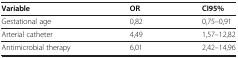
<table><thead><tr><td><b>Variable</b></td><td><b>OR</b></td><td><b>CI95%</b></td></tr></thead><tbody><tr><td>Gestational age</td><td>0,82</td><td>0,75–0,91</td></tr><tr><td>Arterial catheter</td><td>4,49</td><td>1,57–12,82</td></tr><tr><td>Antimicrobial therapy</td><td>6,01</td><td>2,42–14,96</td></tr></tbody></table>